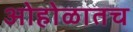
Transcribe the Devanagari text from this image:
ओहोळातच